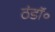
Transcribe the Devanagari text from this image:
ठंडॉ॰